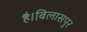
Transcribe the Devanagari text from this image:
है।बिलासपुर